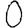
Digit: 0